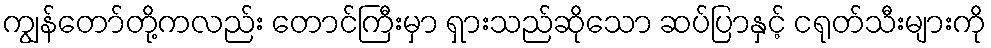
ကျွန်တော်တို့ကလည်း တောင်ကြီးမှာ ရှားသည်ဆိုသော ဆပ်ပြာနှင့် ငရုတ်သီးများကို